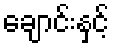
ချောင်းနှင့်